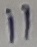
Text: 11